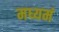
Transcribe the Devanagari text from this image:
मध्यमं